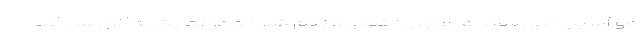
مو آسیب می رساند و موجب التهاب و زخم شده و در نهایت به آلوپسی آند